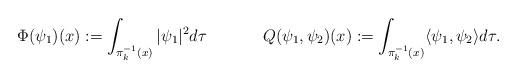
LaTeX: \begin{align*}\Phi(\psi_1)(x) &:= \int_{\pi_k^{-1}(x)}|\psi_1|^2d\tau&&&Q(\psi_1,\psi_2)(x) &:= \int_{\pi_k^{-1}(x)}\langle \psi_1,\psi_2\rangle d\tau.\end{align*}